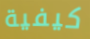
كيفية